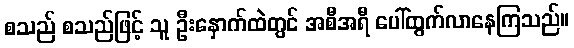
စသည် စသည်ဖြင့် သူ ဦးနှောက်ထဲတွင် အစီအရီ ပေါ်ထွက်လာနေကြသည်။